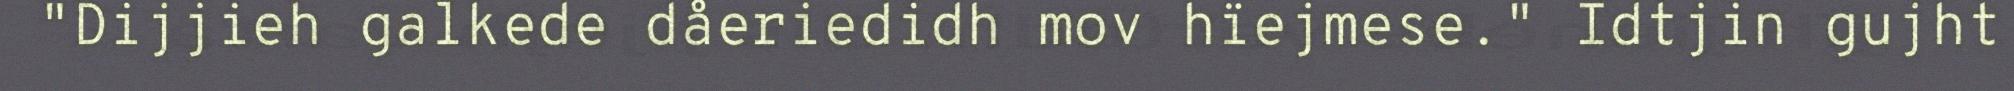
"Dijjieh galkede dåeriedidh mov hïejmese." Idtjin gujht